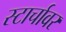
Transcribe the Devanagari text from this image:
स्टार्चावर